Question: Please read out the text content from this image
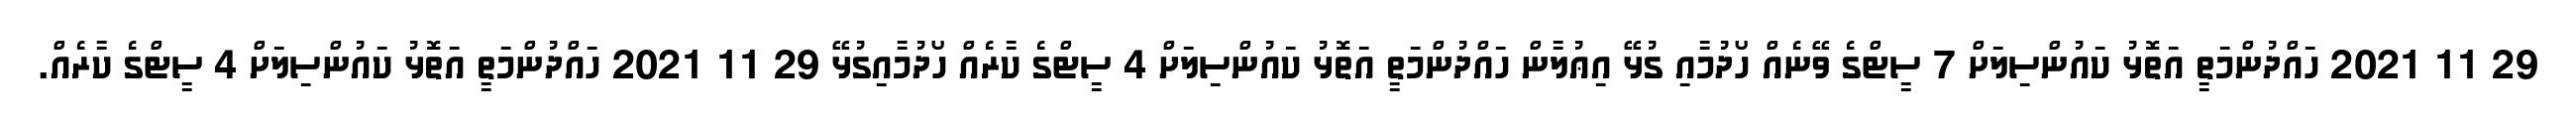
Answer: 29 11 2021 ހައްދުންމަތީ އަތޮޅު ކައުންސިލަށް 7 ސީޓްގެ ވޭނެއް ހޯދުމާއި ގުޅޭ އިޢުލާން ހައްދުންމަތީ އަތޮޅު ކައުންސިލަށް 4 ސީޓްގެ ކާރެއް ހޯދުމާއިގުޅޭ 29 11 2021 ހައްދުންމަތީ އަތޮޅު ކައުންސިލަށް 4 ސީޓްގެ ކާރެއް.